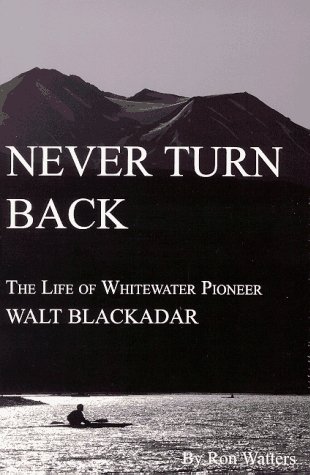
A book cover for Never Turn Back: The Life of Whitewater Pioneer Walt Blackadar; Ron Watters; Sports & Outdoors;